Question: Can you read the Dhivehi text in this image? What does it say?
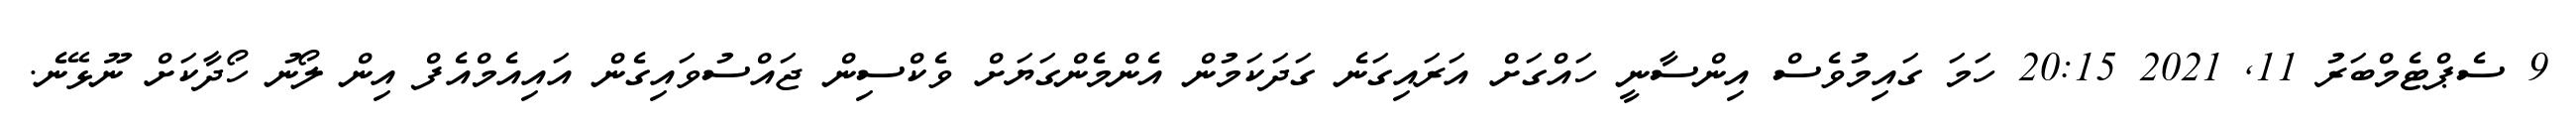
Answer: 9 ސެޕްޓެމްބަރު 11, 2021 20:15 ހަމަ ގައިމުވެސް އިންސާނީ ހައްގަށް އަރައިގަނެ ގަދަކަމުން އެންމެންގަޔަށް ވެކްސިން ޖައްސުވައިގެން އައިއެމްއެފް އިން ލޯނު ހޯދާކަށް ނޫޅޭނެ.